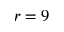
r = 9